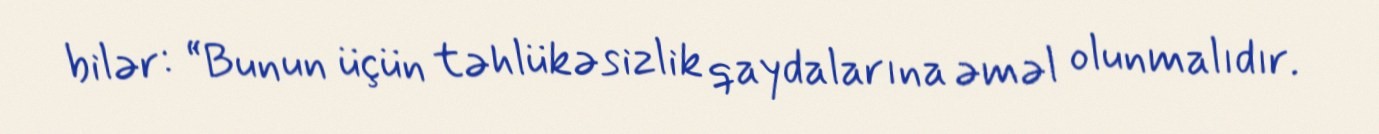
bilər: “Bunun üçün təhlükəsizlik qaydalarına əməl olunmalıdır.